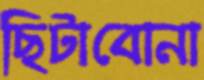
ছিটাবোনা